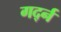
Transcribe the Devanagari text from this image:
गर्द्न